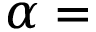
\alpha =